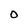
Character: O